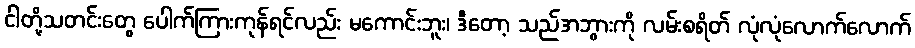
ငါတို့သတင်းတွေ ပေါက်ကြားကုန်ရင်လည်း မကောင်းဘူး၊ ဒီတော့ သည်အဘွားကို လမ်းစရိတ် လုံလုံလောက်လောက်